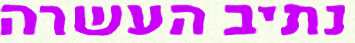
נתיב העשרה